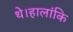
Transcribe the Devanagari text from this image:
थे।हालांकि